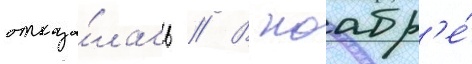
отказа́лась // В ноабр'е́